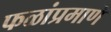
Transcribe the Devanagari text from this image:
फळांप्रमाणे